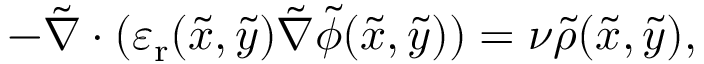
- \tilde { \nabla } \cdot ( \varepsilon _ { \mathrm { r } } ( \tilde { x } , \tilde { y } ) \tilde { \nabla } \tilde { \phi } ( \tilde { x } , \tilde { y } ) ) = \nu \tilde { \rho } ( \tilde { x } , \tilde { y } ) ,